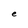
Character: e